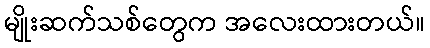
မျိုးဆက်သစ်တွေက အလေးထားတယ်။